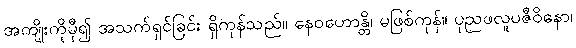
အကျိုးကိုမှီ၍ အသက်ရှင်ခြင်း ရှိကုန်သည်။ နေဝဟောန္တိ၊ မဖြစ်ကုန်။ ပုညဖလူပဇီဝိနော၊